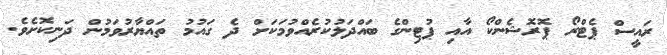
ރައީސް ޕެޓްރޯ ޕޮރޮޝެންކޯ އާއި ޕުޓިންގެ ބައްދަލުކުރެއްވުމަކަށް ދެ ގައުމު ތައްޔާރުވަމުން ދަނިކޮށެވެ.